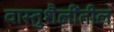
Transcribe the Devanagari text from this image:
वास्तुशैलींतील